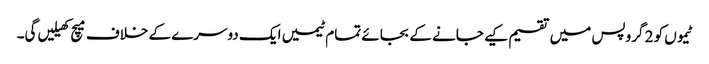
ٹیموں کو 2 گروپس میں تقسیم کیے جانے کے بجائے تمام ٹیمیں ایک دوسرے کے خلاف میچ کھیلیں گی۔